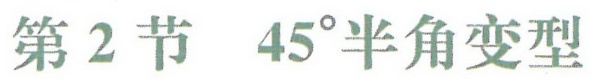
第2节 \(45^{\circ}\)半角变型